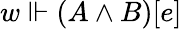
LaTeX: w\Vdash(A\land B)[e]